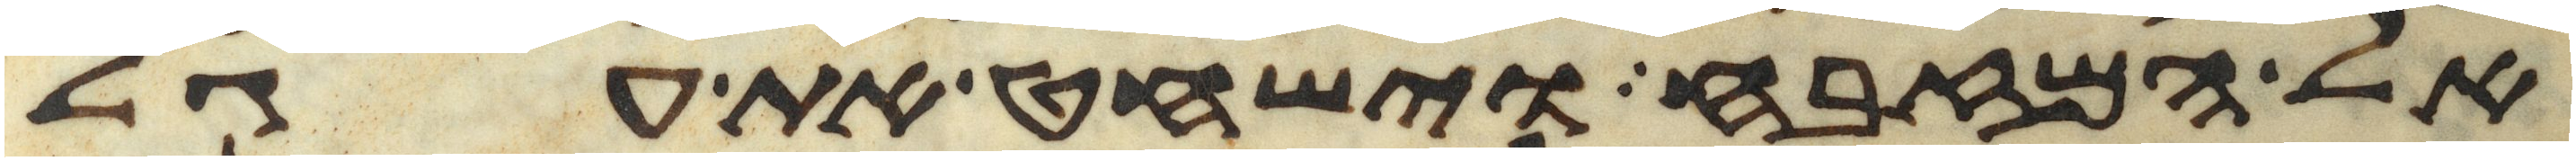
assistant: אל המזבח וישחט את עגל